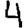
Digit: 4